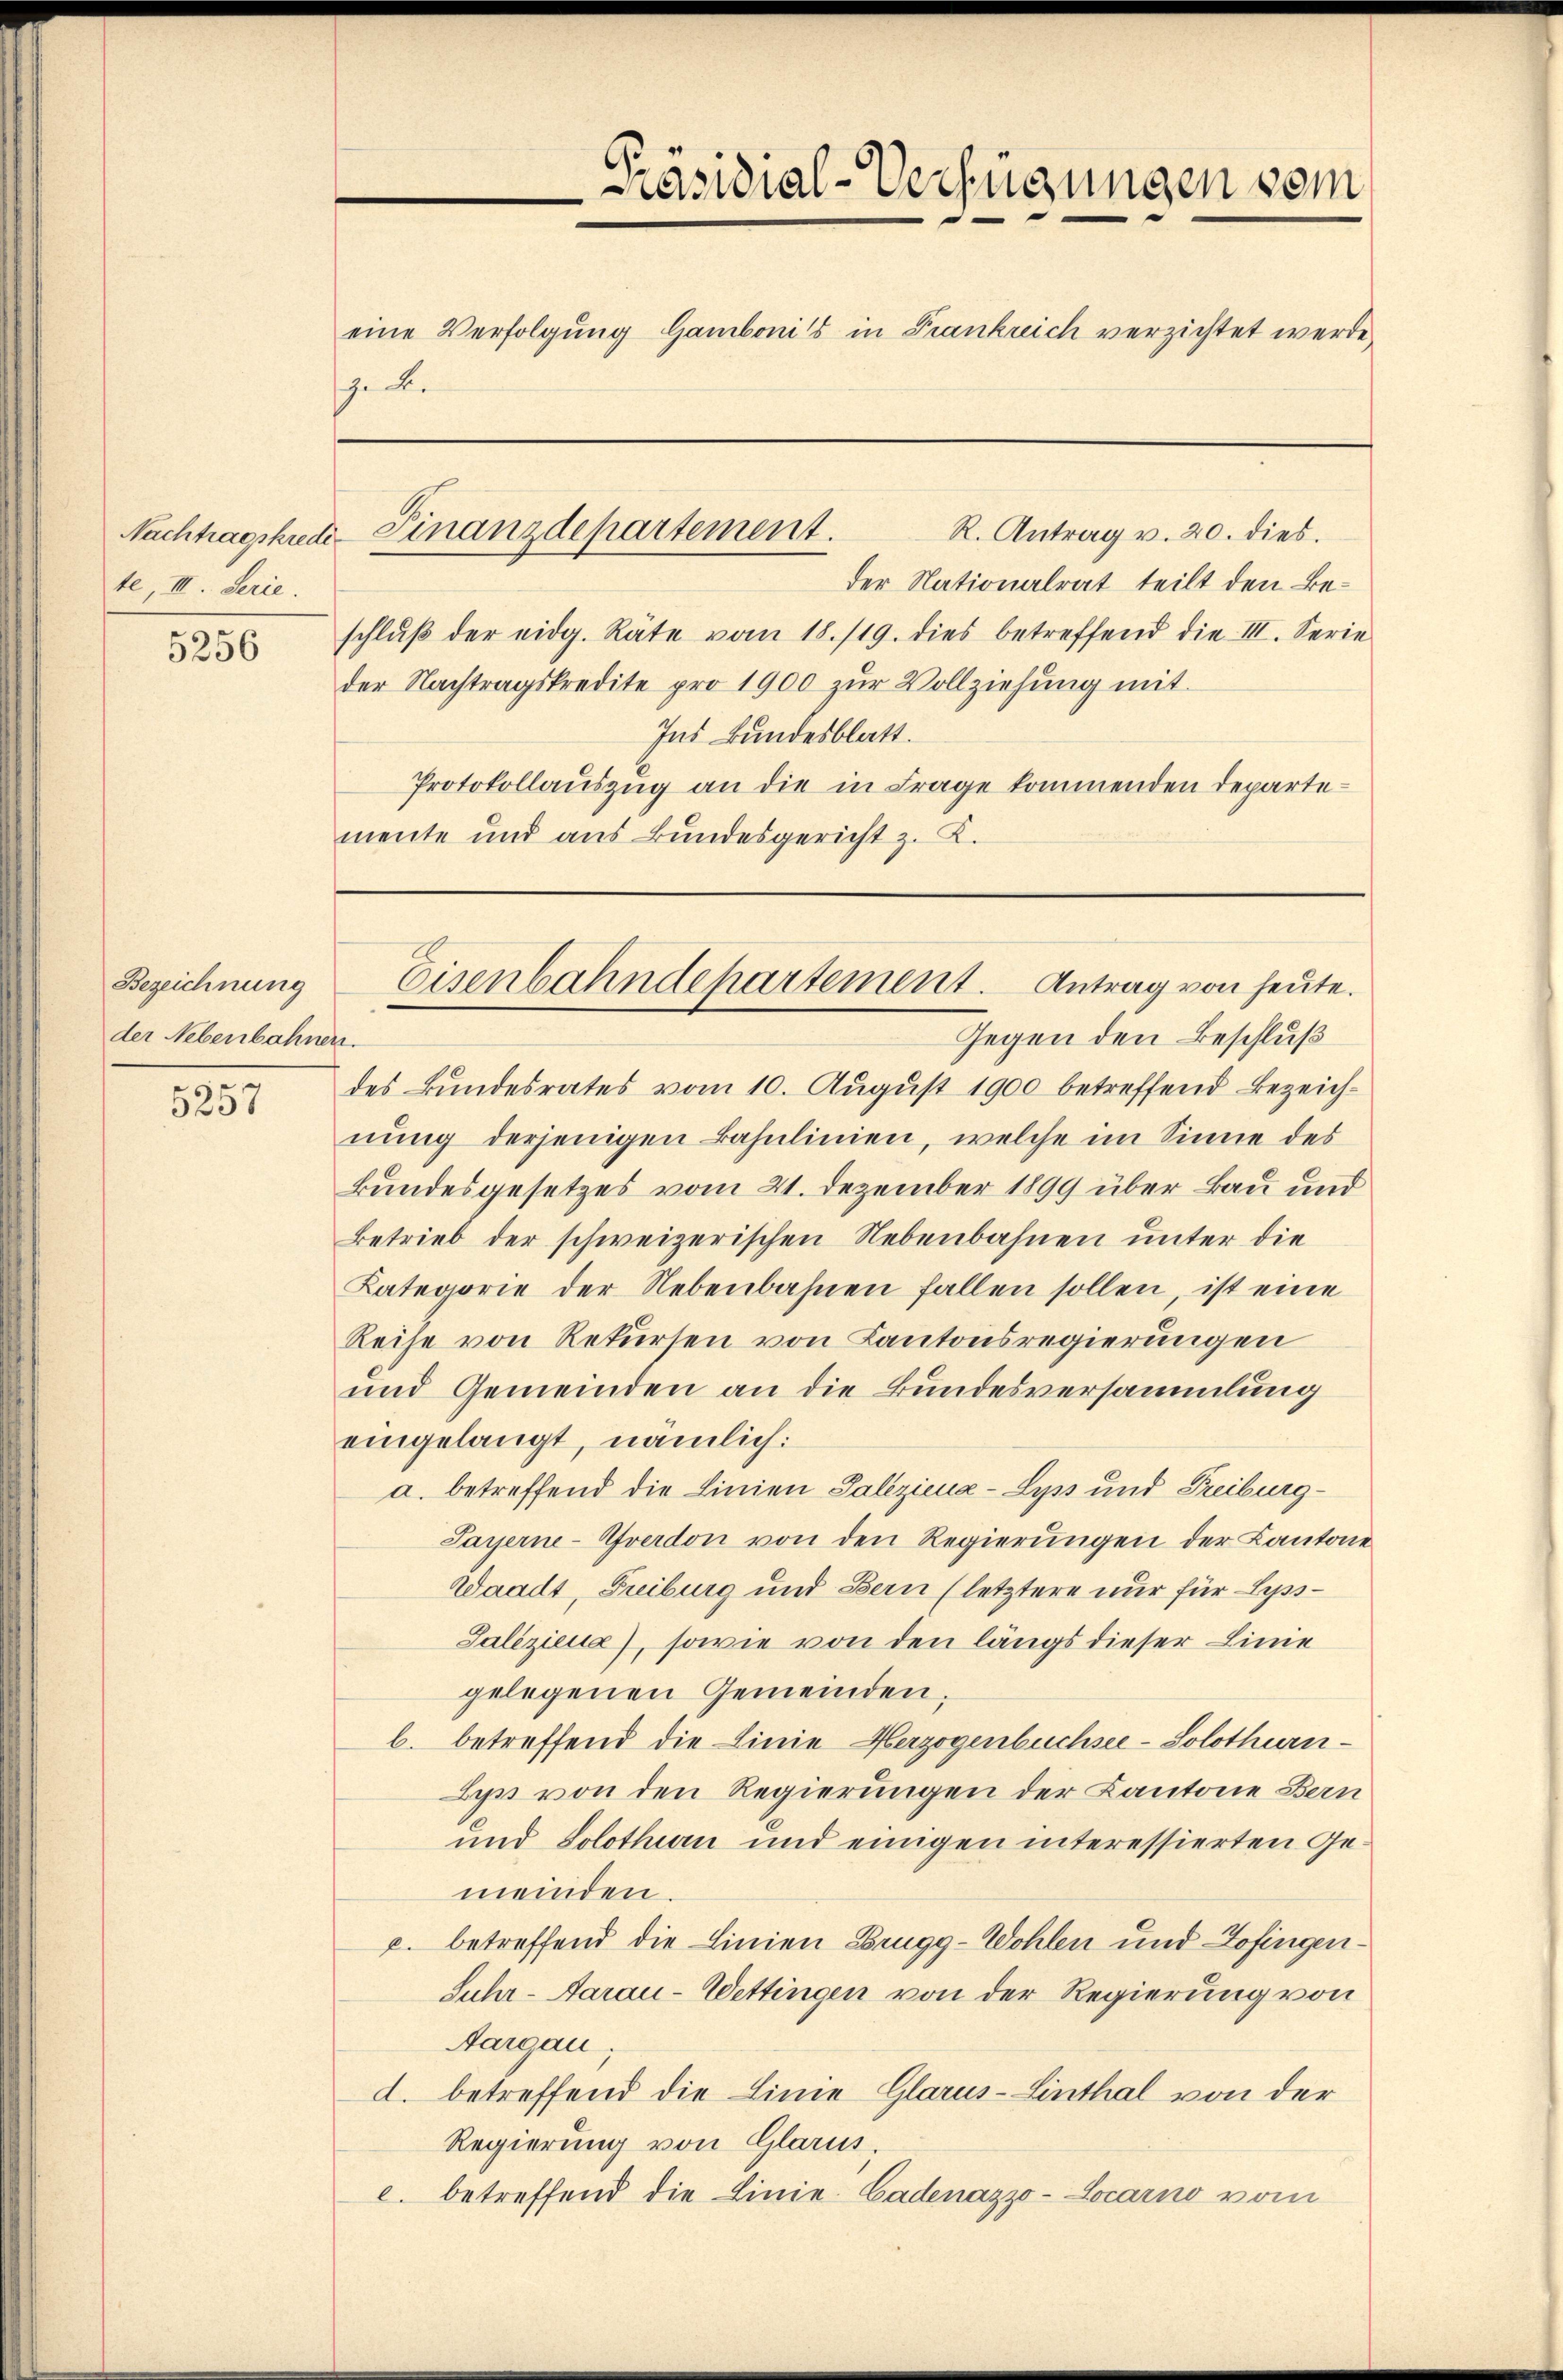
te, III. Serie.

5256

Bezeichnung
der Nebenbahnen.

5257

der Nationalrat teilt den Beschlŭβ der eidg. Rate vom 18. 119. dies betreffend die III. Serie
der Nachtragskredite pro 1900 zŭr Vollziehŭng mit
Ins Bundesblatt.
Protokollauszug an die in Frage kommenden Departemente und aus Bundesgericht z. K.

Präsidial-Verfügungen vom
e
eine Verfolgung Gambonis in Frankreich verzichtet werde
ge der

R. Antrag v. 20. dies.
Nachtragskredi-Finanzdepartement.

Eisenbahndepartement. Antrag von heute.

Gegen den Beschluß
des Bundesrates vom 10. August 1900 betreffend Bezeichnung derjenigen Bahnlinien, welche im Sinne des
Bundesgesetzes vom 21. Dezember 1899 über Bau und
Betrieb der schweizerischen Nebenbahnen unter die
Kategorie der Nebenbahnen fallen sollen, ist eine
Reihe von Rekursen von Kantonsregierungen
und Gemeinden an die Bundesversammlung
eingelangt, nämlich:
a. betreffend die Linien Saleziena-Lyss und Freiburg¬
Payerne-Afverdon von den Regierŭngen der Kantone
Waadt, Freiburg und Bern (letztere nur für Lyss¬
Galiziena), sowie von den längs dieser Linie
gelegenen Gemeinden.
b. betreffend die Linie Herzogenbuchsee-Solothurn¬
Byss von den Regierungen der Kantone Bern
und Solothur und einigen interessierten Gemeinden.
c. betreffend die Linien Brugg-Wohlen und Zofingen¬
Juhr- Aarau - Wettingen von der Regierung von
Aargau
d. betreffend die Linie Glarus-Linthal von der
Regierung von Glarus.
c. betreffend die Linie Cadenazzo-Locarno vom